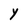
Character: Y